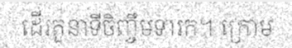
ដើរតួនាទីចិញ្ចឹមទារក។ ក្រោម